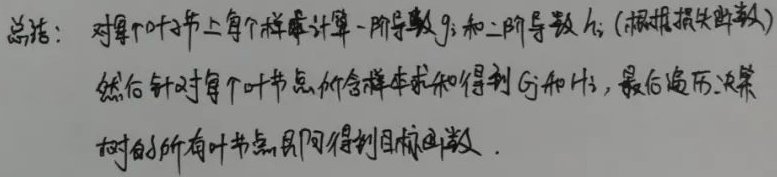
对每个叶节点上每个样本计算一阶导数 \(g_{i}\) 和二阶导数 \(h_{i}\)（根据损失函数），然后针对每个叶节点所含样本求和得到 \(G_{j}\) 和 \(H_{j}\)，最后遍历决策树的所有叶节点，即可得到目标函数。